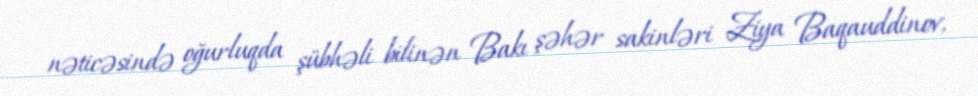
nəticəsində oğurluqda şübhəli bilinən Bakı şəhər sakinləri Ziya Baqauddinov,